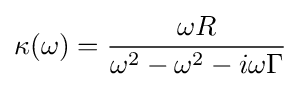
\kappa (\omega )={\frac {\omega R}{\omega ^{2}-\omega ^{2}-i\omega \Gamma }}